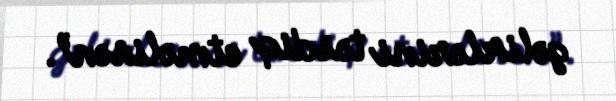
gəlirlərini təsdiq etməlisən”.